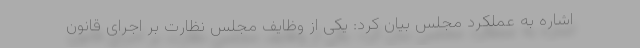
اشاره به عملکرد مجلس بیان کرد: یکی از وظایف مجلس نظارت بر اجرای قانون